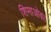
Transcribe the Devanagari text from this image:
शिमाओका